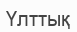
Үлттық